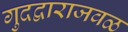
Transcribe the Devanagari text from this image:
गुदद्वाराजवळ